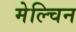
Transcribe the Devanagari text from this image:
मेल्चिन